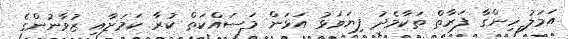
އަމަލު ހިންގާ ފަރާތް ތަކާމެދު ފިޔަވަޅު އަޅަން މަސައްކަތް ކުރާ ކަމަށާއި ޒުވާނުންގެ